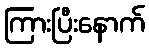
ကြားပြီးနောက်